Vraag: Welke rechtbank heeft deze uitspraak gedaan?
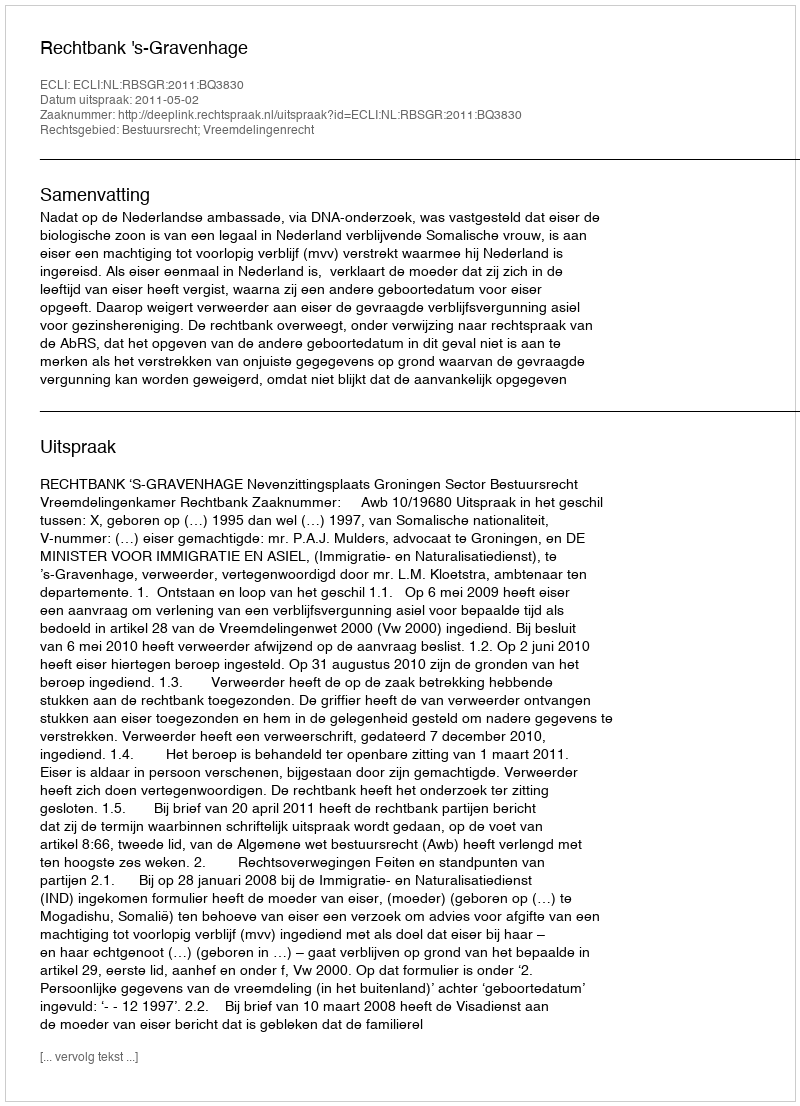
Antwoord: Rechtbank 's-Gravenhage